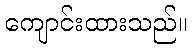
ကျောင်းထားသည်။